Indian journal of veterinary science and animal husbandry - Volumes 18-21, 1948-1951
Year: 1948
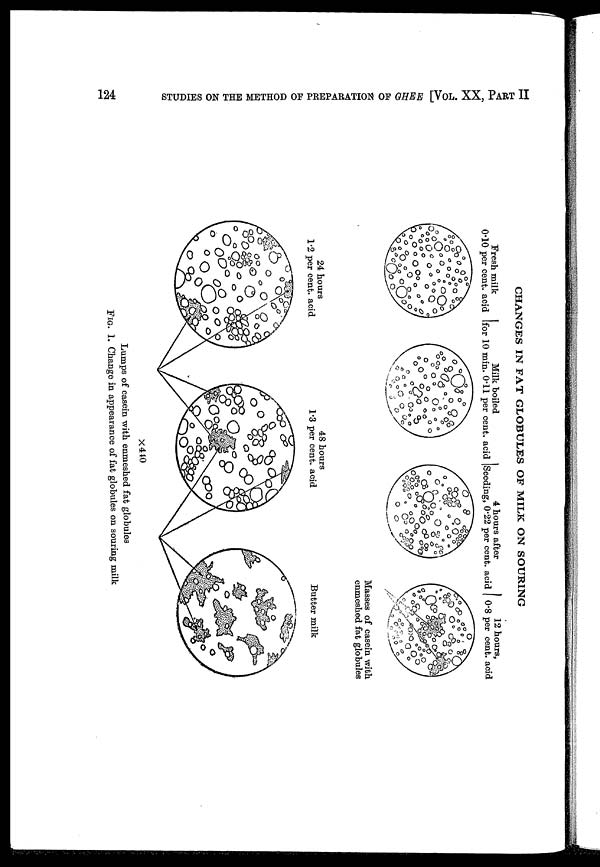
124
STUDIES ON THE METHOD OF PREPARATION OF GHEE [VOL. XX, PART II
CHANGES IN FAT GLOBULES OF MILK ON SOURING
FIG. 1. Change in appearance of fat globules on souring milk